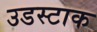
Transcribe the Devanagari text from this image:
उडस्टाक